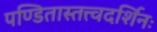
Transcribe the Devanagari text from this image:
पण्डितास्तत्त्वदर्शिनः